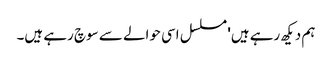
ہم دیکھ رہے ہیں' مسلسل اسی حوالے سے سوچ رہے ہیں۔